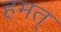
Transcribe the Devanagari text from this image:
हमत्